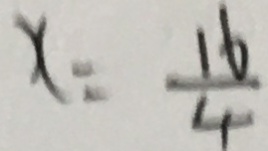
x = \frac { 1 6 } { 4 }